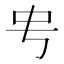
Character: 𬺺